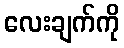
လေးချက်ကို